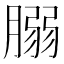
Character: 䐞